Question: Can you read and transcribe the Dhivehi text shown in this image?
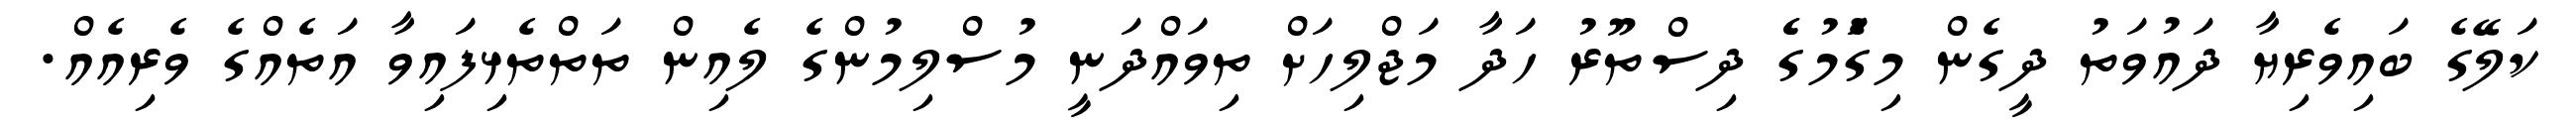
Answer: ކަލޭގެ ބައިވެރިޔާ ދައުވަތު ދީގެން މިގަެުމުގެެ ދިސްތޫރު ހަދާ މަޖްލިހަށް ތިވައްދަނީ މުސްލިމުންގެ ލެއިން ތަތްތެޅިފައިވާ އަތެއްގެ ވެރިއެއް.